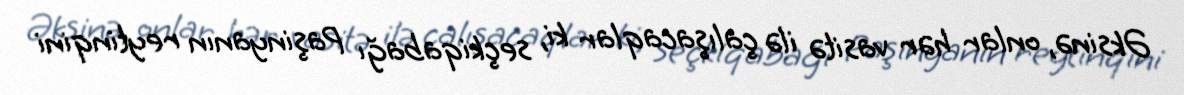
Əksinə, onlar hər vasitə ilə çalışacaqlar ki, seçkiqabağı Paşinyanın reytinqini